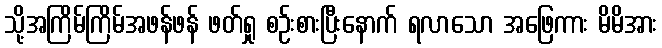
သို့အကြိမ်ကြိမ်အဖန်ဖန် ဖတ်ရှု စဉ်းစားပြီးနောက် ရလာသော အဖြေကား မိမိအား